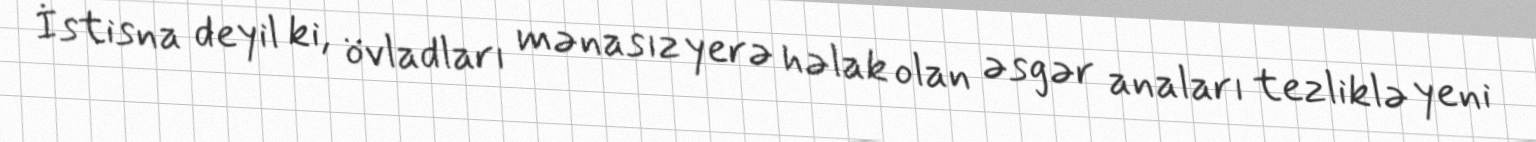
İstisna deyil ki, övladları mənasız yerə həlak olan əsgər anaları tezliklə yeni